Dysentery in Hazaribagh Central Jail - Number 52
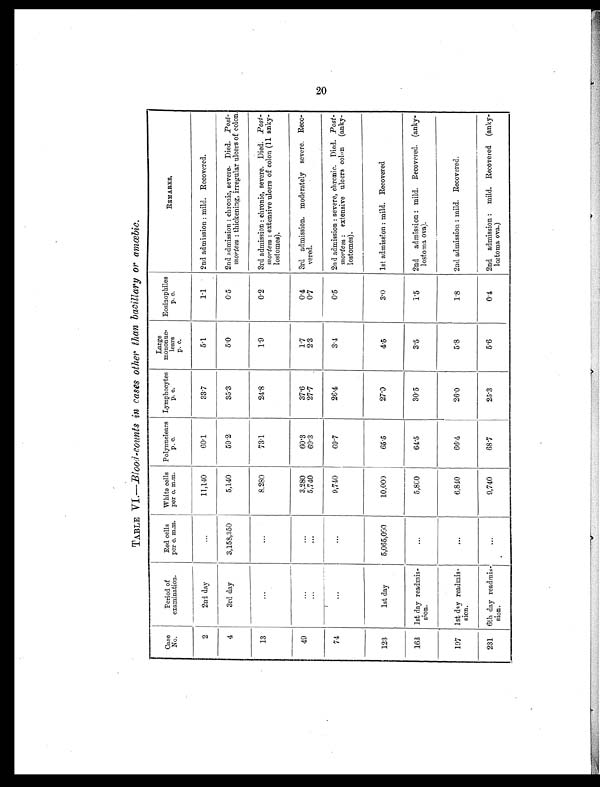
TABLE VI.— Blood-counts in cases other than bacillary or amœbic.
Case
No.
Period of
examination.
Red cells
per c. m.m.
White cells
per c. m.m.
Polynuclears
p. c.
Lymphocytes
p. c.
Large
mononuc-
lears
p . c .
Eosinophiles
p. c.
R E M A R K S .
2
2nd day
...
11,140
60.1
33.7
5.1
1.1
2nd admission: mild. Recovered.
4
3rd day
3,158,350
5,140
59.2
35.3
5.0
0.5
2nd admission: chronic, severe. Died. Post-
mortem: thickening, irregular ulcers of colon.
13
...
. . . 8,280
73.1
24.8
1.9
0.2
3rd admission: chronic, severe. Died. Post-
mortem: extensive ulcers of colon (11 anky-
lostomes).
49
...
...
3,280
60.3
37.6
1.7
0.4
3rd admission, moderately severe. Reco-
vered.
... ...
5,740
69.3
27.7
2.3
0.7
74
...
...
9,740
69.7
2 6 . 4
3.4
0.5
2nd admission: severe, chronic. Died. Post-
mortem: extensive ulcers colon (anky-
lostomes).
123
1st day
5,065,000
10,000
65.5
2 7 . 0
4.5
3.0
1st admission: mild. Recovered.
163 1st day readmis-
sion.
...
5,800
64.5
30.5
3.5
1.5
2nd admission: mild. Recovered. (anky-
lostoma ova).
197 1st day readmis-
sion.
. . . 6,840
66.4
26.0
5.8
1.8
2nd admission: mild. Recovered.
231 6th day readmis-
sion.
. . . 9,740
68.7
25.3
5.6
0.4
2nd admission: mild. Recovered (anky-
lostoma ova.)
20